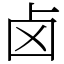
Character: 卤